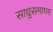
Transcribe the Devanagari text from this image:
साधुसमागम